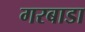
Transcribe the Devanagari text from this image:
गरबाडा